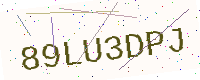
Text: 89LU3DPJ